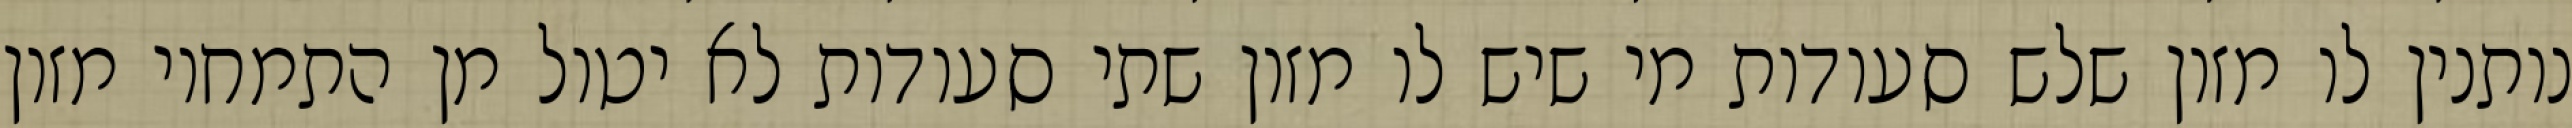
נותנין לו מזון שלש סעודות מי שיש לו מזון שתי סעודות לא יטול מן התמחוי מזון